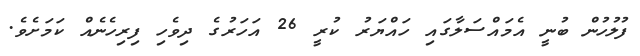
ފުލުހުން ބުނީ އެމައްސަލާގައި ހައްޔަރު ކުރީ 26 އަހަރުގެ ދިވެހި ފިރިހެނެއް ކަމަށެވެ.